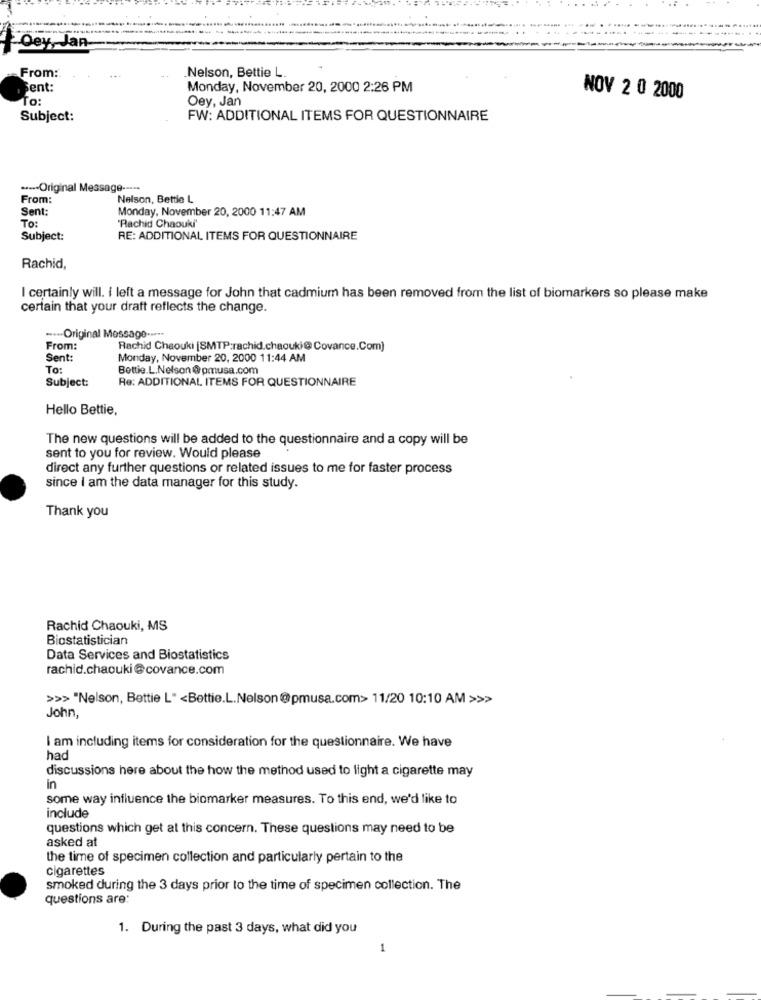
------..
--.
Qey, Jan-
From:
.Nelson, Bettie L.
Fent:
Monday, November 20, 2000 2:26 PM
To:
Oey, Jan
NOV 2 0 2000
Subject:
FW: ADDITIONAL ITEMS FOR QUESTIONNAIRE
---- Original Message --...
From:
Nelson, Bettie L
Sent:
Monday, November 20, 2000 11:47 AM
To:
'Rachid Chaouki
Subject:
RE: ADDITIONAL ITEMS FOR QUESTIONNAIRE
Rachid,
I certainly will. i left a message for John that cadmium has been removed from the list of biomarkers so please make
certain that your draft reflects the change.
.- Original Message --***
From:
Rachid Chaouki (SMTP:rachid.chaouki@ Covance.Com]
Sent:
Monday, November 20, 2000 11:44 AM
To:
Bettie.L.Nelson @pmusa.com
Re: ADDITIONAL ITEMS FOR QUESTIONNAIRE
Subject:
Hello Bettie,
The new questions will be added to the questionnaire and a copy will be
sent to you for review. Would please
direct any further questions or related issues to me for faster process
since I am the data manager for this study.
Thank you
Rachid Chaouki, MS
Biostatistician
Data Services and Biostatistics
rachid.chaouki @covance.com
>>> "Nelson, Bettie L" <Bettie.L.Nelson@pmusa.com> 11/20 10:10 AM >>>
John,
I am including items for consideration for the questionnaire. We have
had
discussions here about the how the method used to light a cigarette may
in
some way influence the biomarker measures. To this end, we'd like to
include
questions which get at this concern. These questions may need to be
asked at
the time of specimen collection and particularly pertain to the
cigarettes
smoked during the 3 days prior to the time of specimen collection. The
questions are:
1. During the past 3 days, what did you
-